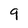
Character: 9